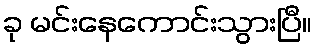
ခု မင်းနေကောင်းသွားပြီ။